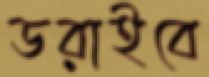
ডরাইবে